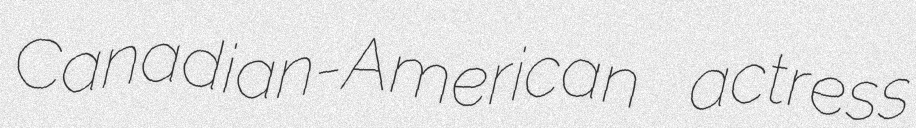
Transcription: Canadian-American actress